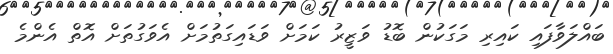
ބައްލަވާފައި ކައިރި މަގަކުން ބޮޑު ވަޒީރު ކަމަށް ވަޑައިގަތުމަށް އެވަގުތަށް އޮތް އެންމެ